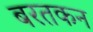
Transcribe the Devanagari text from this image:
बरतकन